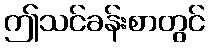
ဤသင်ခန်းစာတွင်